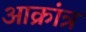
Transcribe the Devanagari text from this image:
आक्रांत्र